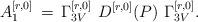
LaTeX: \begin{align*}A_1^{[r,0]}\,=\,\Gamma_{3V}^{[r,0]}\ D^{[r,0]}(P)\ \Gamma_{3V}^{[r,0]}.\end{align*}